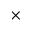
\times